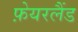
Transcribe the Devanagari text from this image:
फ़ेयरलैंड